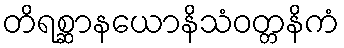
တိရစ္ဆာနယောနိသံဝတ္တနိကံ